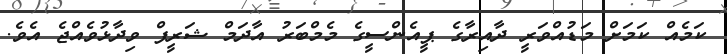
ކަމެއް ކަމަށް މަޑުއްވަރީ ދާއިރާގެ ޕީއެންސީގެ މެމްބަރު އާދަމް ޝަރީފް ވިދާޅުވެއްޖެ އެވެ.